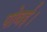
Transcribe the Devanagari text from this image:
पोवई।